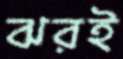
ঝরই